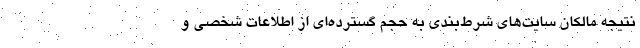
نتیجه مالکان سایت‌های شرط‌بندی به حجم گسترده‌ای از اطلاعات شخصی و